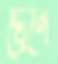
ট্রেনে